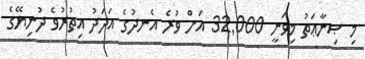
މި ޞިނާޢަތު މިވަނީ 32